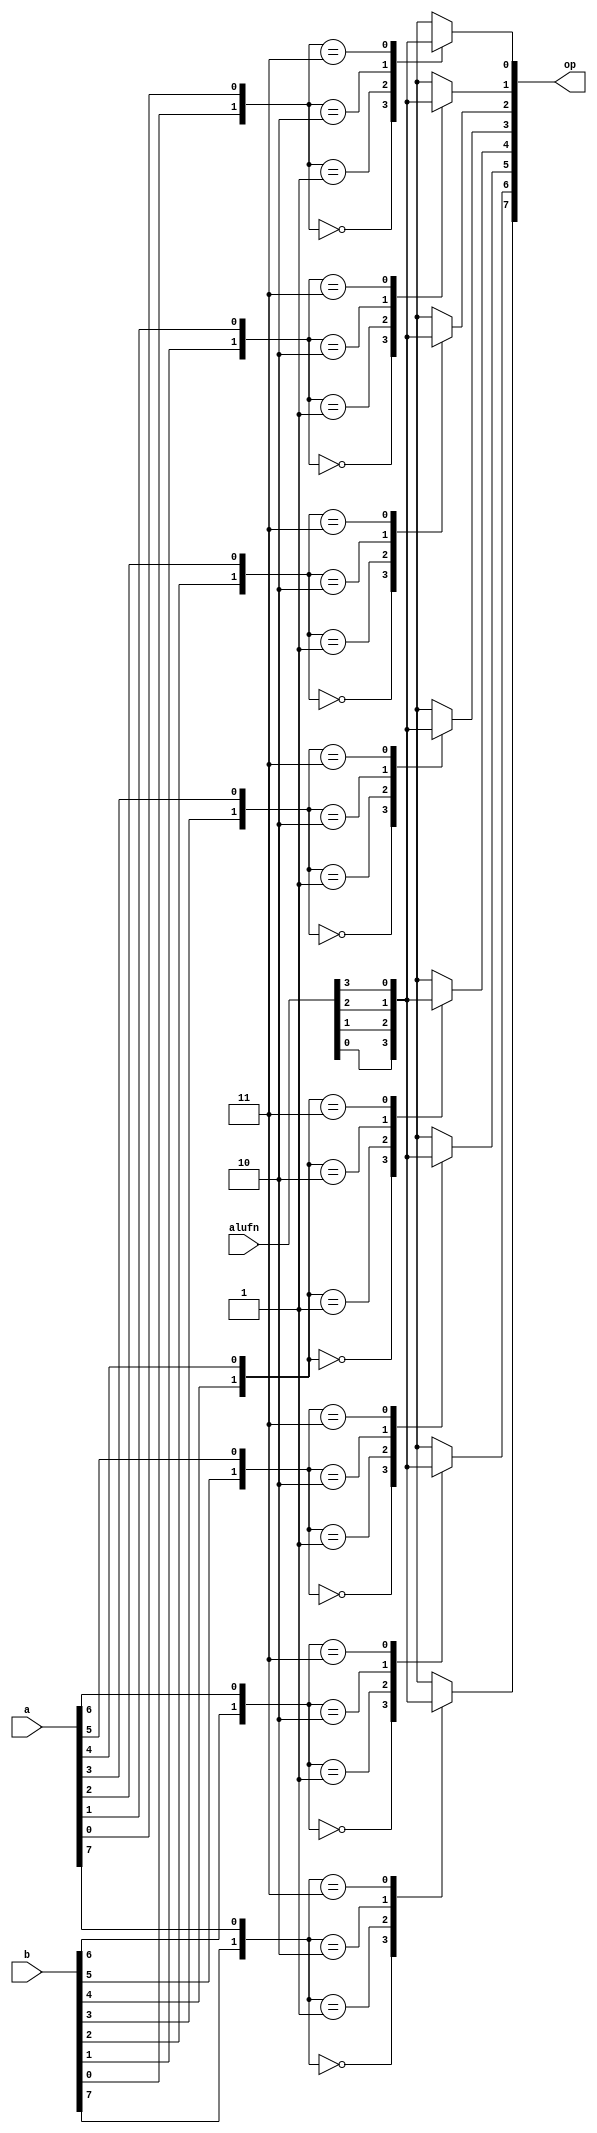
/*
   This file was generated automatically by the Mojo IDE version B1.3.5.
   Do not edit this file directly. Instead edit the original Lucid source.
   This is a temporary file and any changes made to it will be destroyed.
*/

module boolean_25 (
    input [7:0] a,
    input [7:0] b,
    input [3:0] alufn,
    output reg [7:0] op
  );
  
  
  
  integer i;
  
  reg [1:0] abi;
  
  always @* begin
    op = 8'h00;
    for (i = 1'h0; i < 4'h8; i = i + 1) begin
      abi[1+0-:1] = b[(i)*1+0-:1];
      abi[0+0-:1] = a[(i)*1+0-:1];
      
      case (abi)
        2'h0: begin
          op[(i)*1+0-:1] = alufn[0+0-:1];
        end
        2'h1: begin
          op[(i)*1+0-:1] = alufn[1+0-:1];
        end
        2'h2: begin
          op[(i)*1+0-:1] = alufn[2+0-:1];
        end
        2'h3: begin
          op[(i)*1+0-:1] = alufn[3+0-:1];
        end
      endcase
    end
  end
endmodule